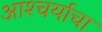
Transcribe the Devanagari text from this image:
आश्‍चर्याचा